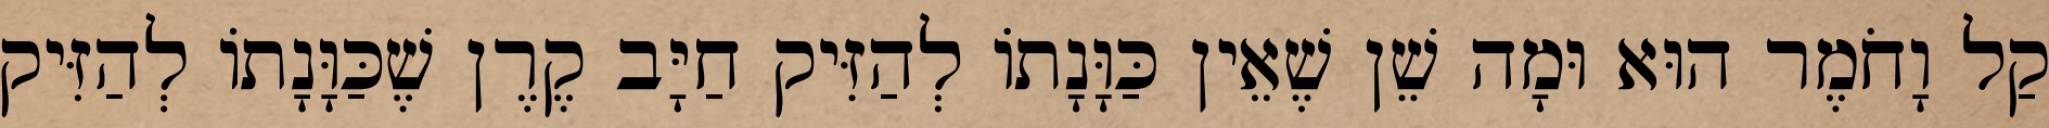
קַל וָחֹמֶר הוּא וּמָה שֵׁן שֶׁאֵין כַּוָּנָתוֹ לְהַזִּיק חַיָּב קֶרֶן שֶׁכַּוָּנָתוֹ לְהַזִּיק